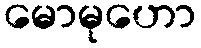
မောမုဟော